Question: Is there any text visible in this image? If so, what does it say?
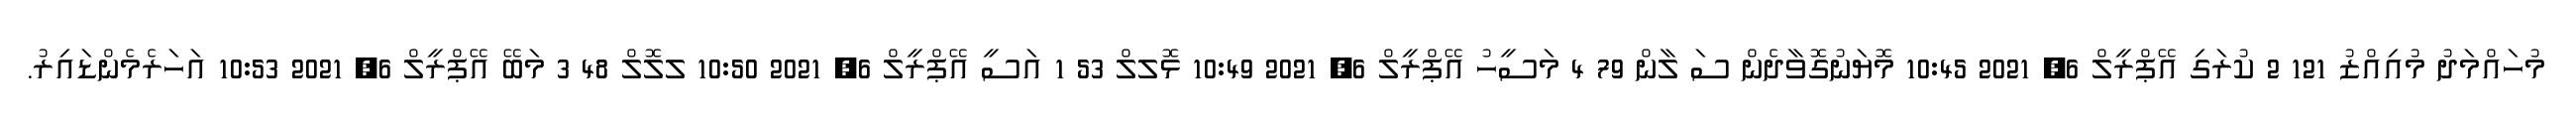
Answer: މުހައްމަދު މުއިއްޒު 121 2 ކުރަގި އޭޕްރީލް 6, 2021 10:45 މޮޔަނުގޮވާދެން ސަ ލާން 79 4 މަސީހު އޭޕްރީލް 6, 2021 10:49 ޅޮލލް 53 1 އަސީ އޭޕްރީލް 6, 2021 10:50 ލލޮލް 48 3 މަބޭ އޭޕްރީލް 6, 2021 10:53 އަހަރެމެންޑައިރު.